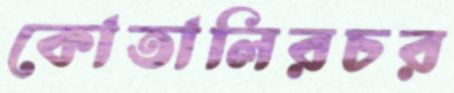
কোতালিরচর